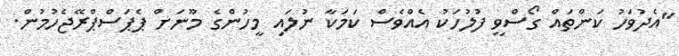
"އެދުވަހު ކަންތައް ގޯސްވީ ފުލުހަކު އެއްވެސް ކަމަކާ ނުލައި މީހުންގެ މޫނަށް ޕެޕަސްޕްރޭޖެހުމުން.